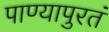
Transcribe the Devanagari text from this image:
पाण्यापुरतं